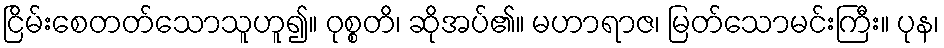
ငြိမ်းစေတတ်သောသူဟူ၍။ ဝုစ္စတိ၊ ဆိုအပ်၏။ မဟာရာဇ၊ မြတ်သောမင်းကြီး။ ပုန၊